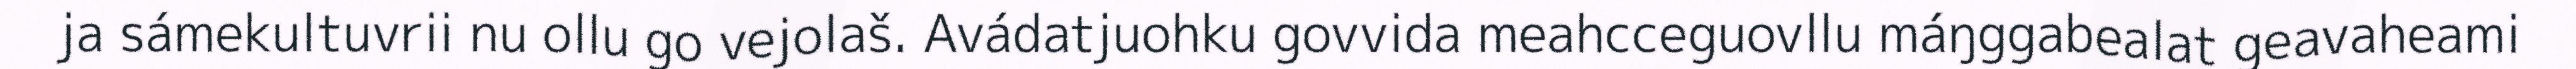
ja sámekultuvrii nu ollu go vejolaš. Avádatjuohku govvida meahcceguovllu máŋggabealat geavaheami